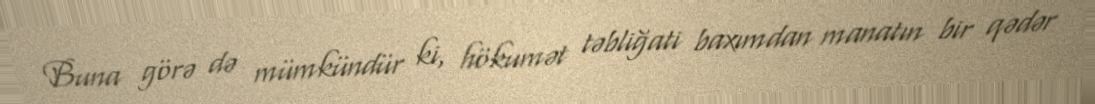
Buna görə də mümkündür ki, hökumət təbliğati baxımdan manatın bir qədər